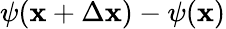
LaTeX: \psi(\mathbf{x}+\Delta\mathbf{x})-\psi(\mathbf{x})